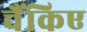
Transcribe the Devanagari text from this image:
चैंकिए